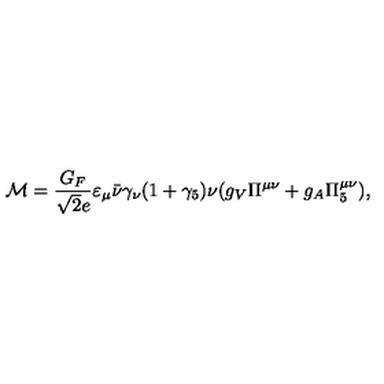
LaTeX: { \cal M } = \frac { G _ { F } } { \sqrt { 2 } e } \varepsilon _ { \mu } \bar { \nu } \gamma _ { \nu } ( 1 + \gamma _ { 5 } ) \nu ( g _ { V } \Pi ^ { \mu \nu } + g _ { A } \Pi _ { 5 } ^ { \mu \nu } ) ,